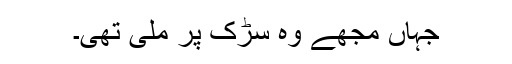
جہاں مجھے وہ سڑک پر ملی تھی۔